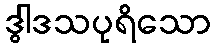
ဒွါဒသပုရိသော